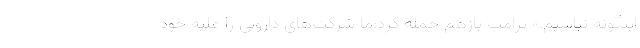
اینگونه نباشیم.» ترامپ بازهم حمله کرد:ما شرکت‌های دارویی را علیه خود